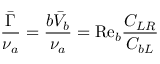
\frac { \bar { \Gamma } } { \nu _ { a } } = \frac { b \bar { V } _ { b } } { \nu _ { a } } = \mathrm { R e } _ { b } \frac { C _ { L R } } { C _ { b L } }